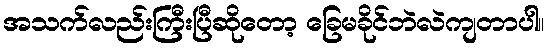
အသက်လည်းကြီးပြီဆိုတော့ ခြေမခိုင်ဘဲလဲကျတာပါ။